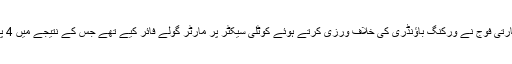
قبل ازیں 15 جنوری کو بھی بھارتی فوج نے ورکنگ باؤنڈری کی خلاف ورزی کرتے ہوئے کوٹلی سیکٹر پر مارٹر گولے فائر کیے تھے جس کے نتیجے میں 4 پاکستانی جوان شہید ہوگئے تھے۔